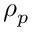
\rho _ { p }